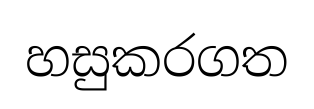
හසුකරගත